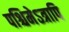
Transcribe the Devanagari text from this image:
पश्चिमेऽत्रापि